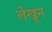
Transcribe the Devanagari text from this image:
लेखून